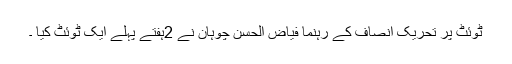
ٹوئٹ پر تحریک انصاف کے رہنما فیاض الحسن چوہان نے 2ہفتے پہلے ایک ٹوئٹ کیا ۔